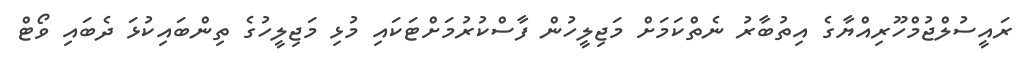
ރައީސުލްޖުމްހޫރިއްޔާގެ އިތުބާރު ނެތްކަމަށް މަޖިލީހުން ފާސްކުރުމަށްޓަކައި މުޅި މަޖިލީހުގެ ތިންބައިކުޅަ ދެބައި ވޯޓް